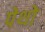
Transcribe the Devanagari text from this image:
पेथो